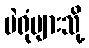
မဲရုံများသို့